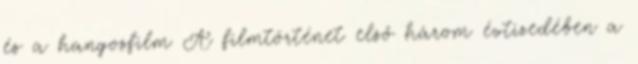
és a hangosfilm A filmtörténet első három évtizedében a